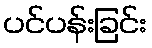
ပင်ပန်းခြင်း